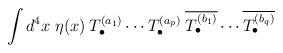
LaTeX: \begin{align*}\int d^4x \; \eta(x) \:T^{(a_1)}_\bullet \cdots T^{(a_p)}_\bullet \:\overline{T^{(b_1)}_\bullet} \cdots \overline{T^{(b_q)}_\bullet} \end{align*}